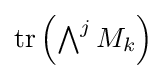
{\textstyle \operatorname {tr} \left(\bigwedge ^{j}M_{k}\right)}